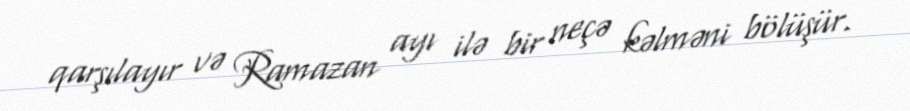
qarşılayır və Ramazan ayı ilə bir neçə kəlməni bölüşür.